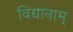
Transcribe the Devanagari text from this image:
विद्यानाम्